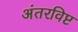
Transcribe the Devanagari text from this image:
अंतरविष्ट